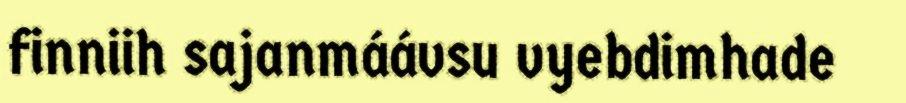
finniih sajanmáávsu vyebdimhade